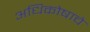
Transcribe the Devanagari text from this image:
अधिकोषाचे